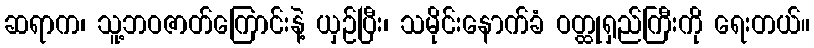
ဆရာက၊ သူ့ဘဝဇာတ်ကြောင်းနဲ့ ယှဉ်ပြီး၊ သမိုင်းနောက်ခံ ဝတ္ထုရှည်ကြီးကို ရေးတယ်။